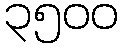
၃၅၀၀